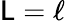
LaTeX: \mathsf{L}=\ell